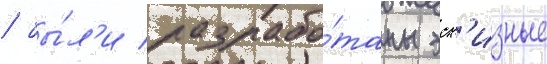
/ бы́л'и разрабо́таны эск'изные